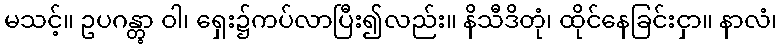
မသင့်။ ဥပဂန္တွာ ဝါ၊ ရှေး၌ကပ်လာပြီး၍လည်း။ နိသီဒိတုံ၊ ထိုင်နေခြင်းငှာ။ နာလံ၊